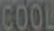
COOL